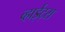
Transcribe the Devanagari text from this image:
व्हाईट्स